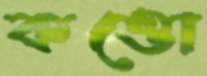
কত্তো